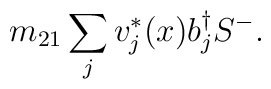
m_{21}\sum_{j}v^{*}_{j}(x)b^{\dag}_{j}S^{-}.